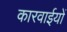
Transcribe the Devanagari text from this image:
कारवाईयों